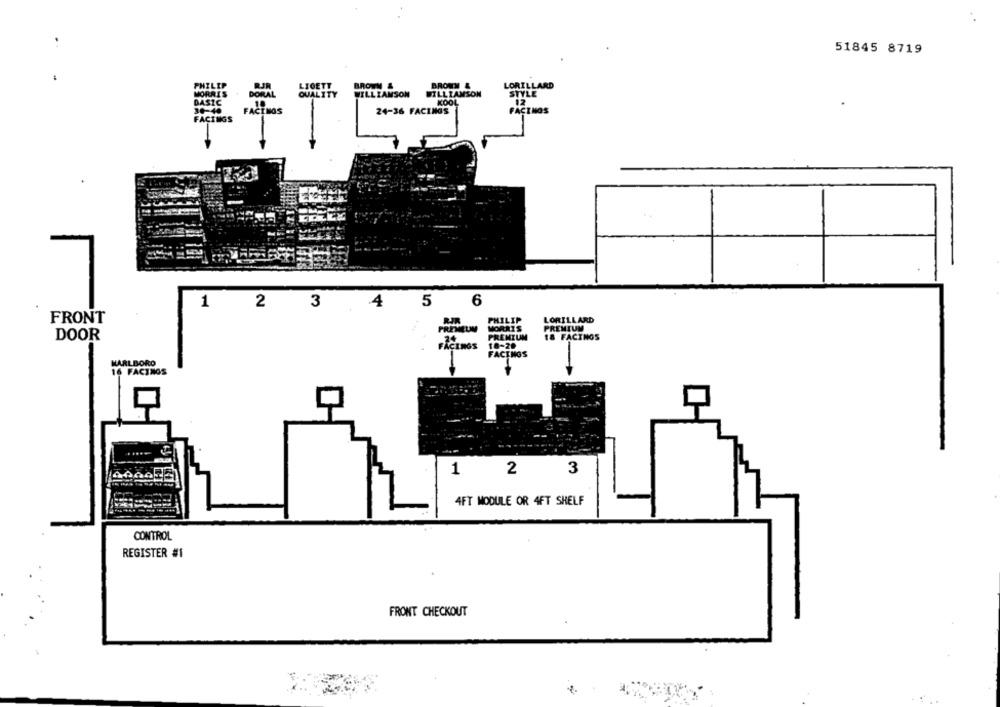
51845 8719
LIGETT
BROWN &
BROMM &
LORILLARD
DORAL
WILLIAMSON
STYLE
QUALITY
WILLIAMSON
KOOL
DASZE
18
12
FACINGS
24-36 FACINGS
FACINOS
FACINGS
1
2
4
5
6
3
FRONT
LORILLARD
DOOR
MARLBORO
16 FACINGS
1
2
3
4FT MODULE OR 4FT SHELF
CONTROL
REGISTER #1
FRONT CHECKOUT